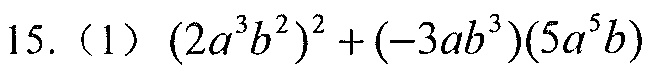
15. (1) \((2a^{3}b^{2})^{2}+(-3ab^{3})(5a^{5}b)\)